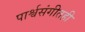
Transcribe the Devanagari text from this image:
पार्श्वसंगीतही